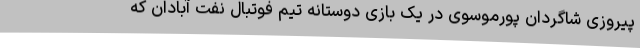
پیروزی شاگردان پورموسوی در یک بازی دوستانه تیم فوتبال نفت آبادان که